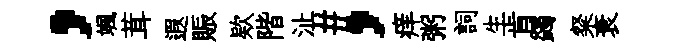
，颯茸遐賑欵階沚#，痒粥詞生肯蠲粲衰